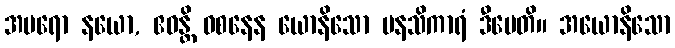
အပရော နယော, ဧဝန္တိ ဝစနေန ယောနိသော မနသိကာရံ ဒီပေတိ။ အယောနိသော